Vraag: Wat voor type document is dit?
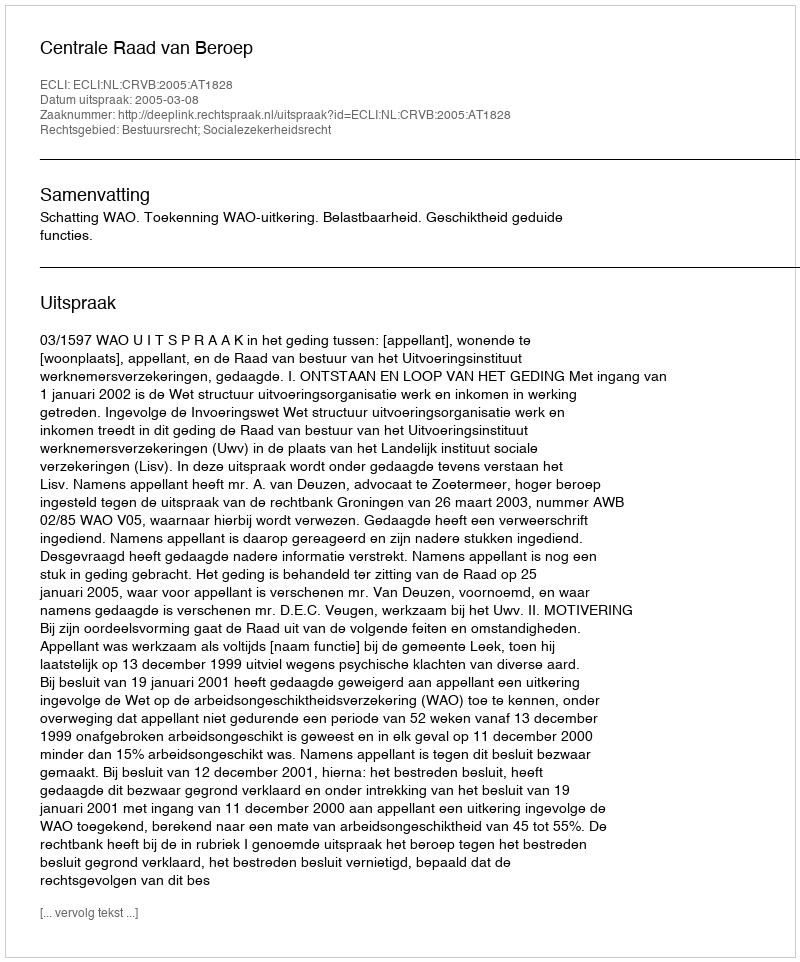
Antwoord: Uitspraak